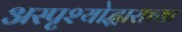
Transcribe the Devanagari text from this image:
अस्पृश्योद्धाराच्या